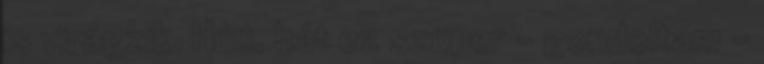
is virágzik. Húú, hát ez szuper - gondoltam -